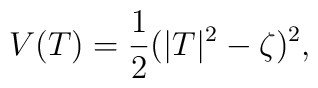
V(T) = \frac12 (|T|^2-\zeta)^2,